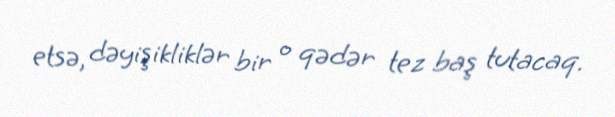
etsə, dəyişikliklər bir o qədər tez baş tutacaq.